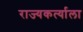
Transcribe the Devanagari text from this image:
राज्यकर्त्याला